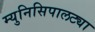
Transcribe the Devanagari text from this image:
म्युनिसिपालट्या